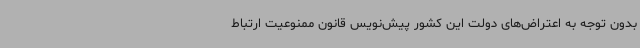
بدون توجه به اعتراض‌های دولت این کشور پیش‌نویس قانون ممنوعیت ارتباط